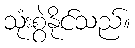
သုံးစွဲနိုင်သည်။